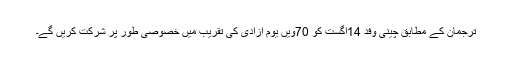
ترجمان کے مطابق چینی وفد 14اگست کو 70ویں یوم آزادی کی تقریب میں خصوصی طور پر شرکت کریں گے۔